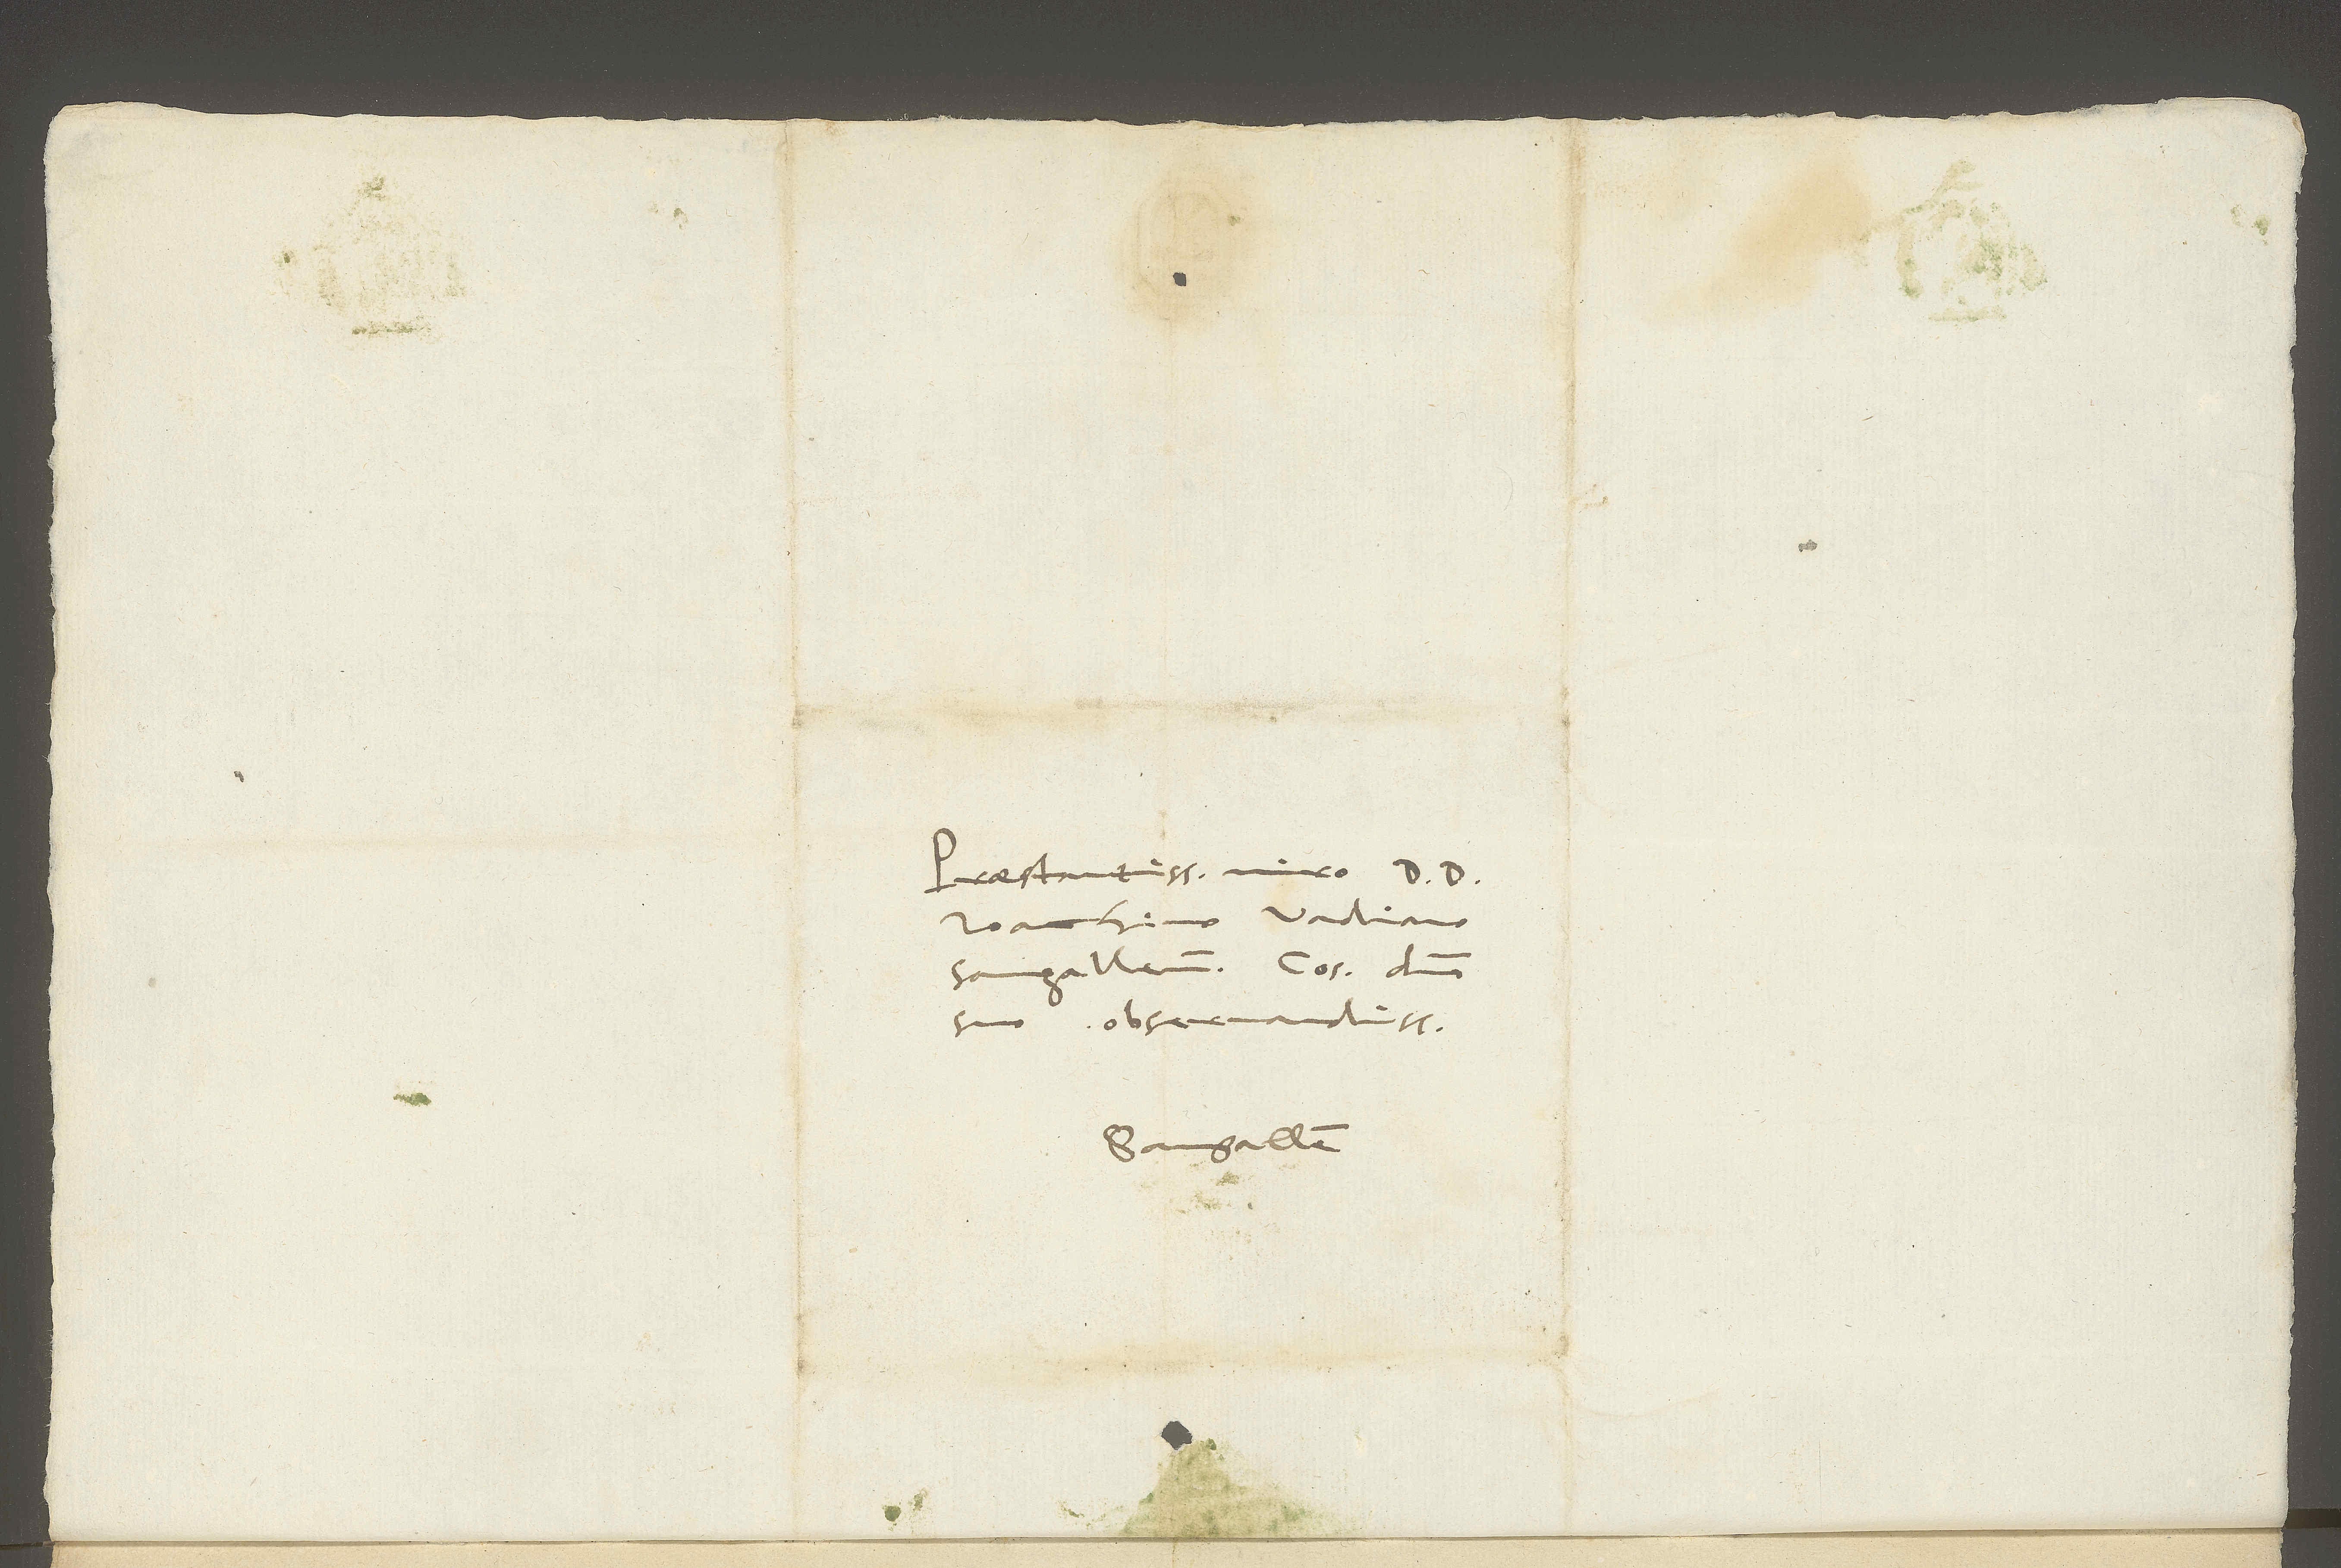
Praestantissimo viro d. d.
Ioachimo Vadiano,
Sangallensi consuli, domino
suo observandissimo.
Sangallen.